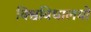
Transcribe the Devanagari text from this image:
विश्वविधालयों